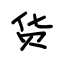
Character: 货